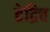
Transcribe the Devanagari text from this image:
हेद्रिच